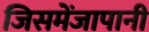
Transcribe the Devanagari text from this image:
जिसमेंजापानी